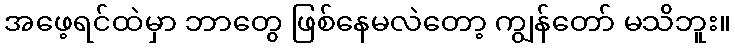
အဖေ့ရင်ထဲမှာ ဘာတွေ ဖြစ်နေမလဲတော့ ကျွန်တော် မသိဘူး။